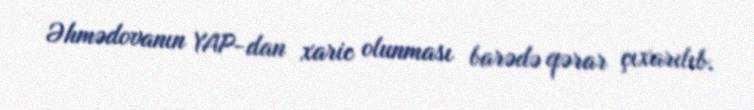
Əhmədovanın YAP-dan xaric olunması barədə qərar çıxarılıb.